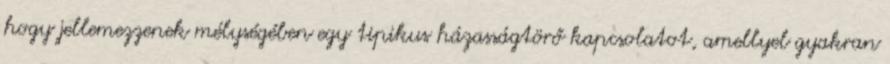
hogy jellemezzenek mélységében egy tipikus házasságtörő kapcsolatot, amellyel gyakran